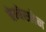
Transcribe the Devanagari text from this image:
चेम्बेरलेन